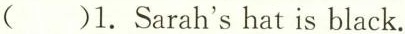
()1. Sarah's hat is black.